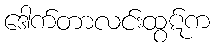
ဒေါက်တာလင်းထွဋ်က